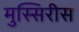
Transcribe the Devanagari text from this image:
मुस्सिरीस